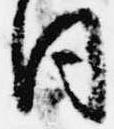
同